Madras plague regulations and rules - Volume 1
Disease focus: Plague
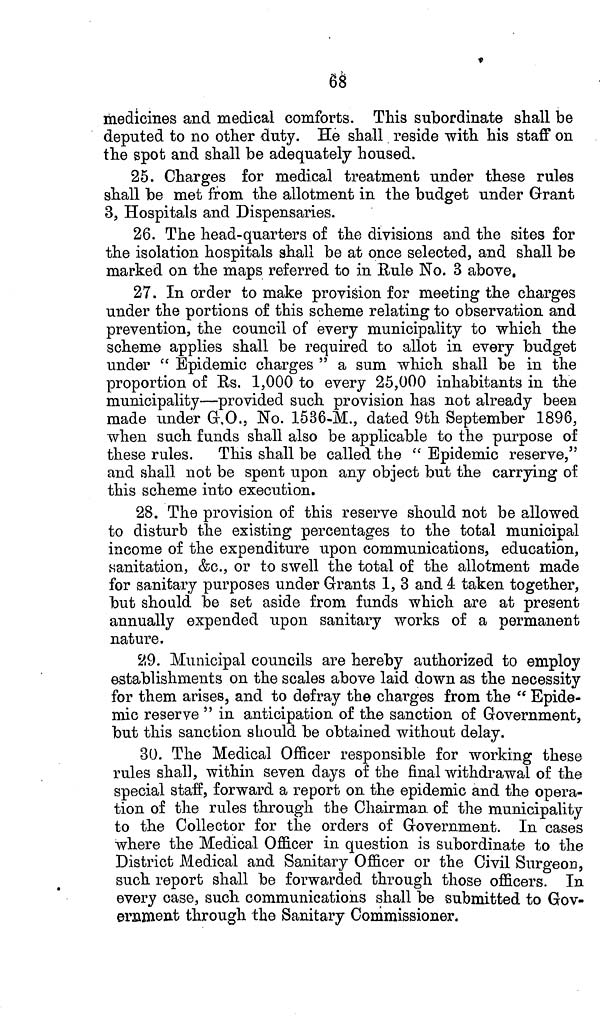
68
medicines and medical comforts. This subordinate shall be
deputed to no other duty. He shall reside with his staff on
the spot and shall be adequately housed.
25. Charges for medical treatment under these rules
shall be met from the allotment in the budget under Grant
3, Hospitals and Dispensaries.
26. The head-quarters of the divisions and the sites for
the isolation hospitals shall be at once selected, and shall be
marked on the maps referred to in Rule No. 3 above.
27. In order to make provision for meeting the charges
under the portions of this scheme relating to observation and
prevention, the council of every municipality to which the
scheme applies shall be required to allot in every budget
under " Epidemic charges " a sum which shall be in the
proportion of Rs. 1,000 to every 25,000 inhabitants in the
municipality—provided such provision has not already been
made under G.O., No. 1536-M., dated 9th September 1896,
when such funds shall also be applicable to the purpose of
these rules. This shall be called the " Epidemic reserve,"
and shall not be spent upon any object but the carrying of
this scheme into execution.
28. The provision of this reserve should not be allowed
to disturb the existing percentages to the total municipal
income of the expenditure upon communications, education,
sanitation, &c., or to swell the total of the allotment made
for sanitary purposes under Grants 1, 3 and 4 taken together,
but should be set aside from funds which are at present
annually expended upon sanitary works of a permanent
nature.
29. Municipal councils are hereby authorized to employ
establishments on the scales above laid down as the necessity
for them arises, and to defray the charges from the " Epide-
mic reserve " in anticipation of the sanction of Government,
but this sanction should be obtained without delay.
30. The Medical Officer responsible for working these
rules shall, within seven days of the final withdrawal of the
special staff, forward a report on the epidemic and the opera-
tion of the rules through the Chairman, of the municipality
to the Collector for the orders of Government. In cases
where the Medical Officer in question is subordinate to the
District Medical and Sanitary Officer or the Civil Surgeon,
such report shall be forwarded through those officers. In
every case, such communications shall be submitted to Gov-
ernment through the Sanitary Commissioner.